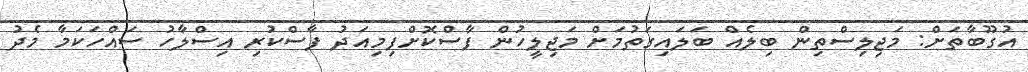
އުގޫބާތަށް: މަޖިލިސްތިން ބިލެއް ބަލައިގަތުމަށް މަޖިލީހުން ފާސްކޮށްފިމިއަދު ފާސްކުރި އިސްލާހު ސައްހަކަމާ މެދު